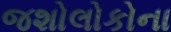
જશોલોકોના